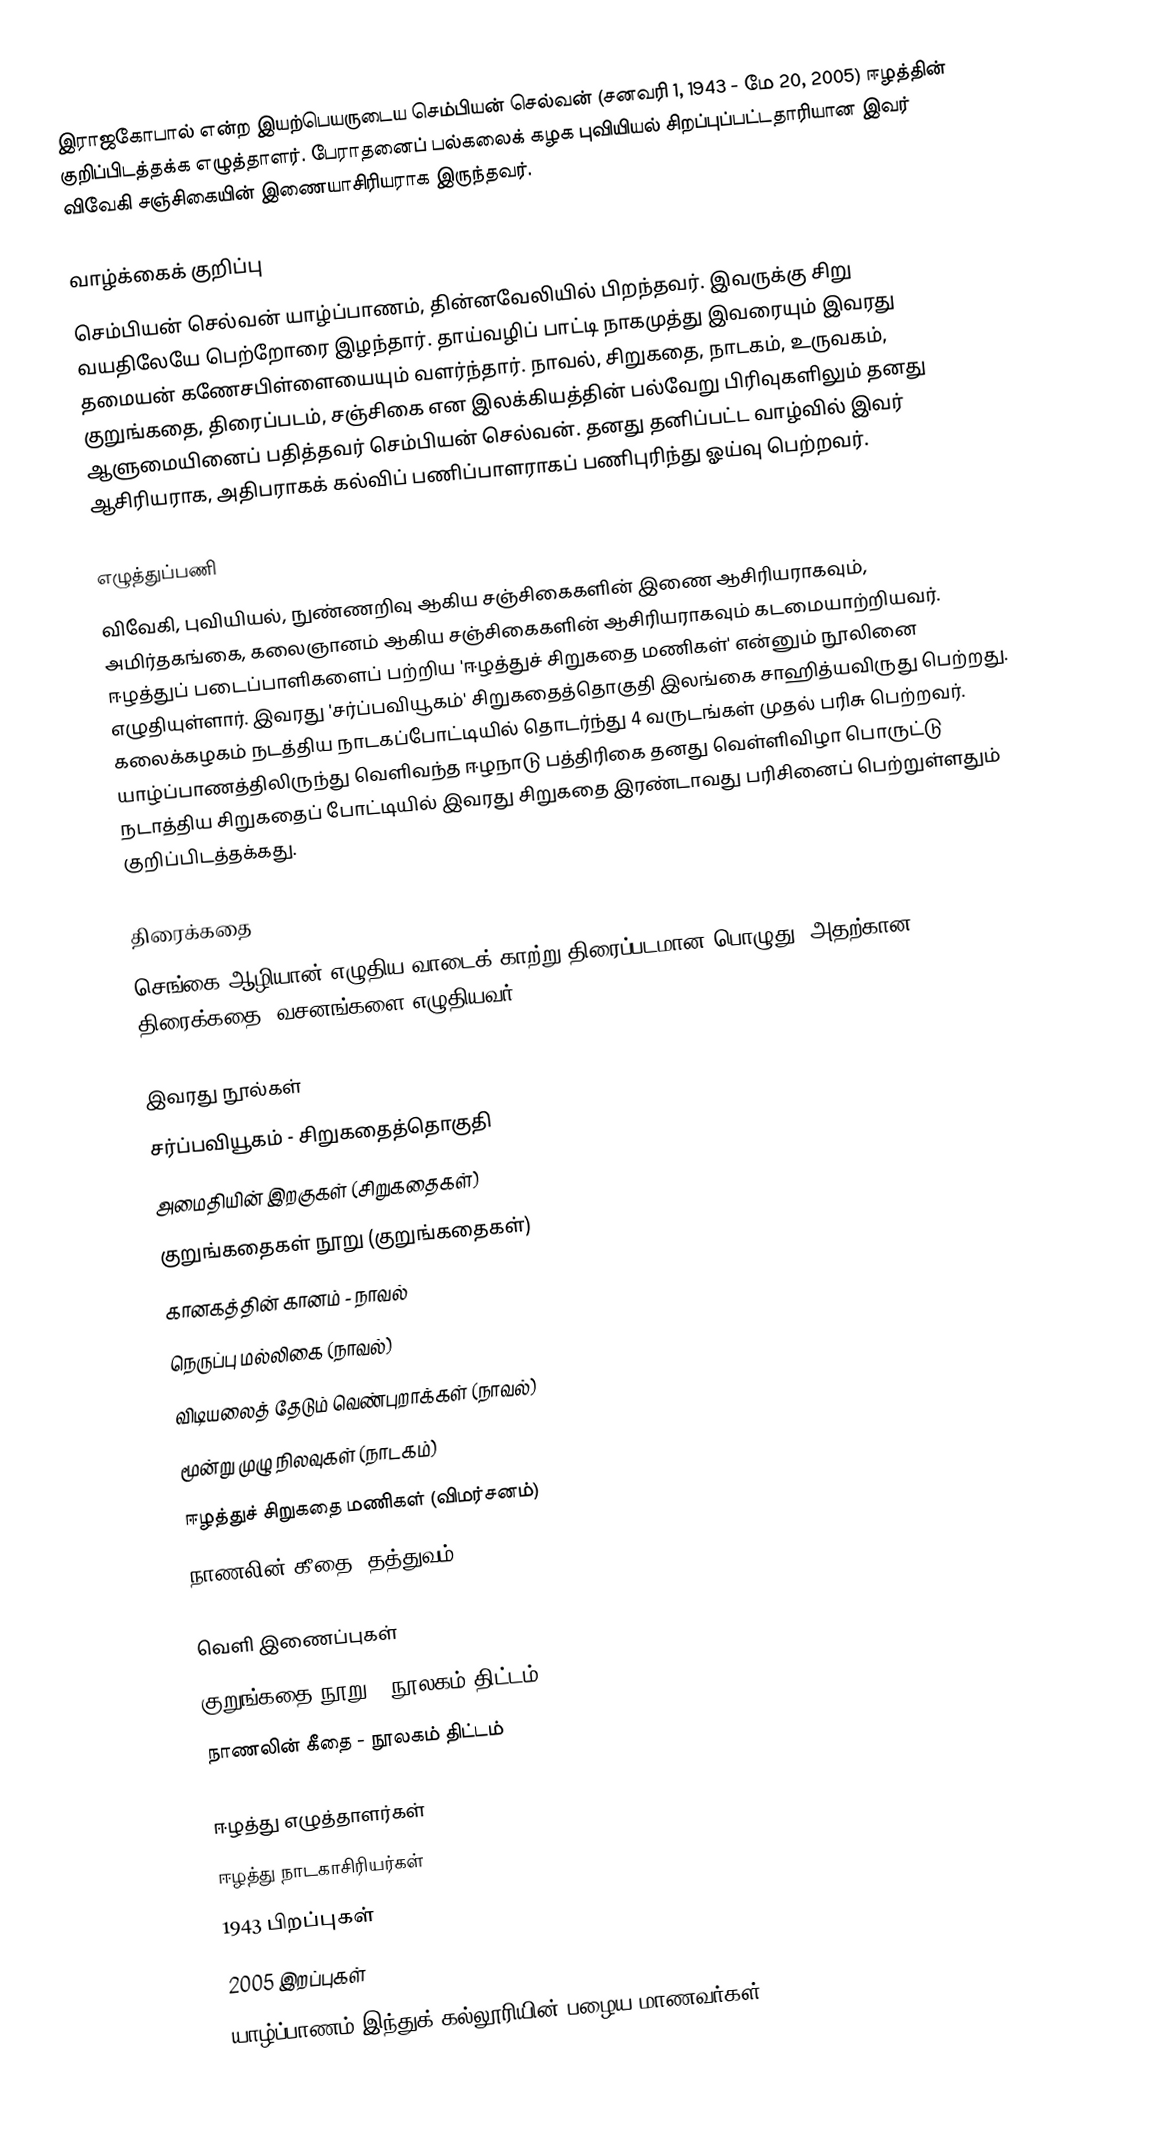
இராஜகோபால் என்ற இயற்பெயருடைய செம்பியன் செல்வன் (சனவரி 1, 1943 - மே 20, 2005) ஈழத்தின் குறிப்பிடத்தக்க எழுத்தாளர். பேராதனைப் பல்கலைக் கழக புவியியல் சிறப்புப்பட்டதாரியான இவர் விவேகி சஞ்சிகையின் இணையாசிரியராக இருந்தவர்.

வாழ்க்கைக் குறிப்பு
செம்பியன் செல்வன் யாழ்ப்பாணம், தின்னவேலியில் பிறந்தவர். இவருக்கு சிறு வயதிலேயே பெற்றோரை இழந்தார். தாய்வழிப் பாட்டி நாகமுத்து இவரையும் இவரது தமையன் கணேசபிள்ளையையும் வளர்ந்தார். நாவல், சிறுகதை, நாடகம், உருவகம், குறுங்கதை, திரைப்படம், சஞ்சிகை என இலக்கியத்தின் பல்வேறு பிரிவுகளிலும் தனது ஆளுமையினைப் பதித்தவர் செம்பியன் செல்வன். தனது தனிப்பட்ட வாழ்வில் இவர் ஆசிரியராக, அதிபராகக் கல்விப் பணிப்பாளராகப் பணிபுரிந்து ஓய்வு பெற்றவர்.

எழுத்துப்பணி
விவேகி, புவியியல், நுண்ணறிவு ஆகிய சஞ்சிகைகளின் இணை ஆசிரியராகவும், அமிர்தகங்கை, கலைஞானம் ஆகிய சஞ்சிகைகளின் ஆசிரியராகவும் கடமையாற்றியவர். ஈழத்துப் படைப்பாளிகளைப் பற்றிய 'ஈழத்துச் சிறுகதை மணிகள்' என்னும் நூலினை எழுதியுள்ளார். இவரது 'சர்ப்பவியூகம்' சிறுகதைத்தொகுதி இலங்கை சாஹித்யவிருது பெற்றது. கலைக்கழகம் நடத்திய நாடகப்போட்டியில் தொடர்ந்து 4 வருடங்கள் முதல் பரிசு பெற்றவர். யாழ்ப்பாணத்திலிருந்து வெளிவந்த ஈழநாடு பத்திரிகை தனது வெள்ளிவிழா பொருட்டு நடாத்திய சிறுகதைப் போட்டியில் இவரது சிறுகதை இரண்டாவது பரிசினைப் பெற்றுள்ளதும் குறிப்பிடத்தக்கது.

திரைக்கதை
செங்கை ஆழியான் எழுதிய வாடைக் காற்று திரைப்படமான பொழுது, அதற்கான திரைக்கதை, வசனங்களை எழுதியவர்.

இவரது நூல்கள்
 சர்ப்பவியூகம் - சிறுகதைத்தொகுதி
 அமைதியின் இறகுகள் (சிறுகதைகள்)
 குறுங்கதைகள் நூறு (குறுங்கதைகள்)
 கானகத்தின் கானம் - நாவல்
 நெருப்பு மல்லிகை (நாவல்)
 விடியலைத் தேடும் வெண்புறாக்கள் (நாவல்)
 மூன்று முழு நிலவுகள் (நாடகம்)
 ஈழத்துச் சிறுகதை மணிகள் (விமர்சனம்)
 நாணலின் கீதை (தத்துவம்)

வெளி இணைப்புகள்
 குறுங்கதை நூறு - நூலகம் திட்டம்
 நாணலின் கீதை - நூலகம் திட்டம்

ஈழத்து எழுத்தாளர்கள்
ஈழத்து நாடகாசிரியர்கள்
1943 பிறப்புகள்
2005 இறப்புகள்
யாழ்ப்பாணம் இந்துக் கல்லூரியின் பழைய மாணவர்கள்